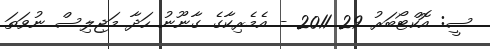
ސީ: އޮކްޓޯބަރު 29 2011 - އެމެރިކާގެ ގާނޫނު ހަދާ މަޖިލިސް ނުވަތަ